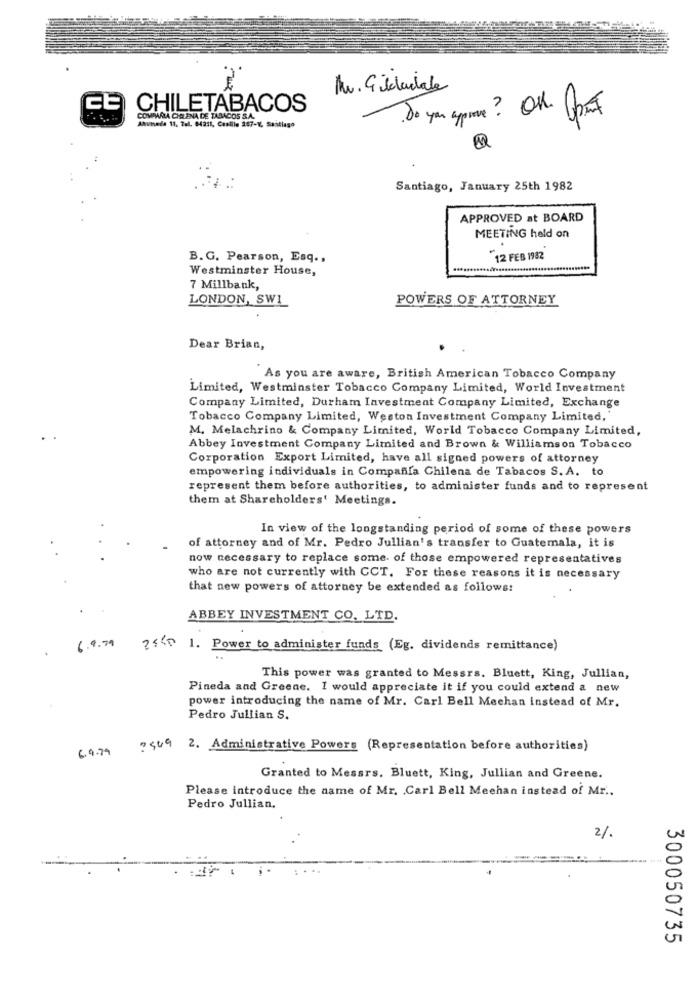
Mr. Gilladale
ce
CHILETABACOS
COMPMARIA CHELENA DE TABACOS S.A.
Ahumada 11, 7ul. 84211, Cualile 267-Y, Santiago
Do you appone? OR. PT
Santiago, January 25th 1982
APPROVED at BOARD
MEETING held on
B. G. Pearson, Esq .,
12 FEB 1982
Westminster House,
7 Millbank,
LONDON, SWI
POWERS OF ATTORNEY
Dear Brian,
As you are aware, British American Tobacco Company
Limited, Westminster Tobacco Company Limited, World Investment
Company Limited, Durham Investment Company Limited, Exchange
Tobacco Company Limited, Weston Investment Company Limited,"
M. Melachrino & Company Limited, World Tobacco Company Limited,
Abbey Investment Company Limited and Brown & Williamson Tobacco
Corporation Export Limited, have all signed powers of attorney
empowering individuals in Compafifa Chilena de Tabacos S. A. to
represent them before authorities, to administer funds and to represent
them at Shareholders' Meetings.
In view of the longstanding period of some of these powers
of attorney and of Mr. Pedro Jullian's transfer to Guatemala, it is
now necessary to replace some. of those empowered representatives
who are not currently with CCT. For these reasons it is necessary
that new powers of attorney be extended as follows:
ABBEY INVESTMENT CO. LTD.
6 . 9 79
?440 1. Power to administer funds (Eg. dividends remittance)
This power was granted to Messrs. Bluett, King, Jullian,
Pineda and Greene. I would appreciate it if you could extend a new
power introducing the name of Mr. Carl Bell Mechan instead of Mr.
Pedro Jullian S.
6 9. 79
7449 2. Administrative Powers (Representation before authorities)
Granted to Messrs. Bluett, King, Jullian and Greene.
Please introduce the name of Mr. . Carl Bell Meehan instead of Mr ..
Pedro Jullian.
2/
300050735